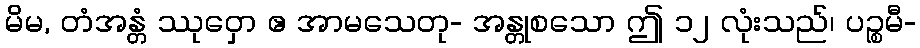
မိမ, တံအန္တံ ဿုဝှော ဧ အာမသေတု- အန္တုစသော ဤ ၁၂ လုံးသည်၊ ပဉ္စမီ-